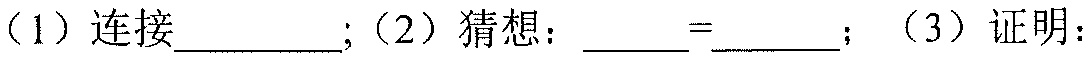
（1）连接\underline{\qquad}；（2）猜想：\underline{\qquad}=\underline{\qquad}；（3）证明：